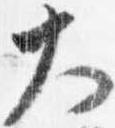
大